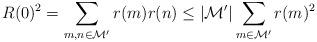
LaTeX: \begin{align*} R(0)^2 &= \sum_{m,n \in \mathcal{M}'} r(m)r(n) \le |\mathcal{M}'|\sum_{m \in \mathcal{M}'} r(m)^2 \end{align*}